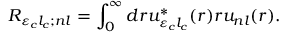
{ R } _ { { \varepsilon } _ { c } { l } _ { c } ; { n } l } = \int _ { 0 } ^ { \infty } d r { u } _ { { \varepsilon } _ { c } { l } _ { c } } ^ { \ast } ( r ) r { u } _ { { n } l } ( r ) .